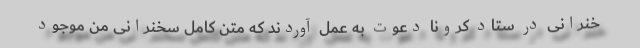
خنرانی در ستاد کرونا دعوت به عمل آوردند که متن کامل سخنرانی من موجود